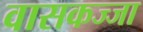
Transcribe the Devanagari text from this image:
वासकज्जा